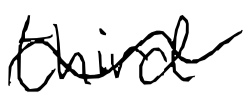
Text: third
Cross-out: wave
Writing tool: digital_black